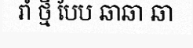
រាំ ថ្មី បែប ឆាឆា ឆា